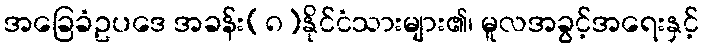
အခြေခံဥပဒေ အခန်း(၈)နိုင်ငံသားများ၏၊ မူလအခွင့်အရေးနှင့်